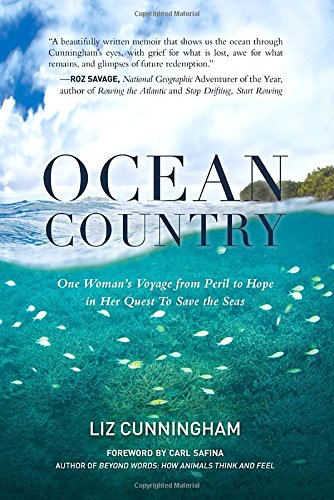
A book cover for Ocean Country: One Woman's Voyage from Peril to Hope in her Quest To Save the Seas; Liz Cunningham; Science & Math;